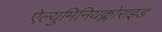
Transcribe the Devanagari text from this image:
ऐल्युमिनियक्लोराइड